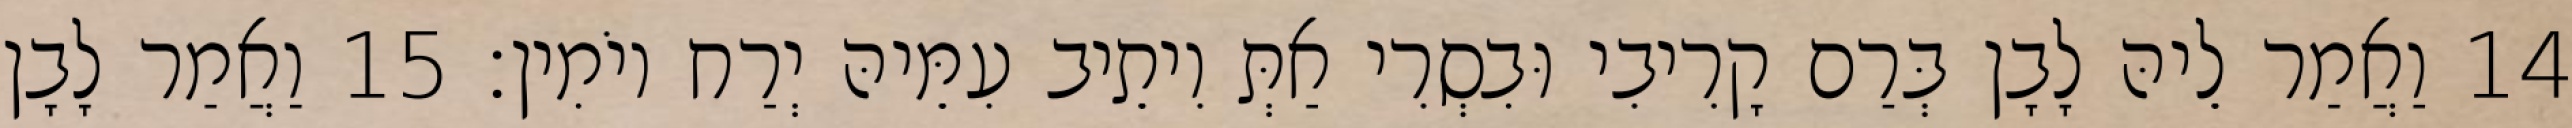
14 וַאֲמַר לֵיהּ לָבָן בְּרַם קָרִיבִי וּבִסְרִי אַתְּ וִיתֵיב עִמֵּיהּ יְרַח יוֹמִין׃ 15 וַאֲמַר לָבָן